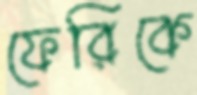
ফেরিকে